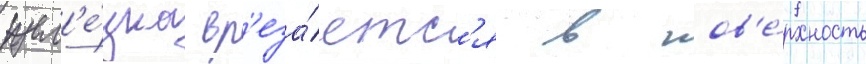
жел'е́зка вр'еза́етс'я в пов'е́рхность